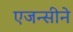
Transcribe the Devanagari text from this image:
एजन्सीने